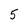
Character: 5